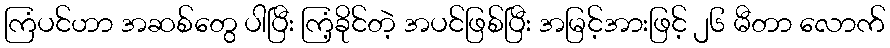
ကြံပင်ဟာ အဆစ်တွေ ပါပြီး ကြံ့ခိုင်တဲ့ အပင်ဖြစ်ပြီး အမြင့်အားဖြင့် ၂၆ မီတာ လောက်